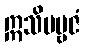
ဣသိပဗ္ဗဇံ